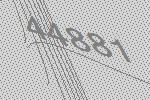
44881